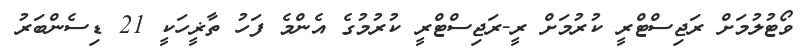
ވޯޓުލުމަށް ރަޖިސްޓްރީ ކުރުމަށް ރީ-ރަޖިސްޓްރީ ކުރުމުގެ އެންމެ ފަހު ތާޜީހަކީ 21 ޑިސެންބަރު